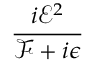
\frac { i { \mathcal { E } } ^ { 2 } } { { \mathcal { F } } + i \epsilon }